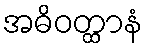
အဓိဝတ္ထာနံ